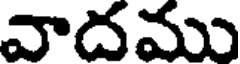
వాదము